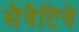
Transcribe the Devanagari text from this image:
सैवैटिये